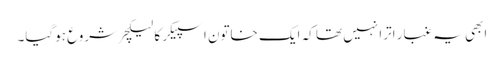
ابھی یہ غبار اترا نہیں تھا کہ ایک خاتون اسپیکر کا لیکچر شروع ہوگیا۔